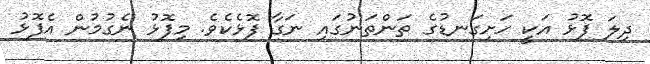
ދިލަ ފޮޅު އަކީ ހަށިގަނޑުގެ ތަންތަނުގައި ނަގާ ފޮޅެކެވެ. މިފޮޅު ނެގުމުން އެފޮޅު